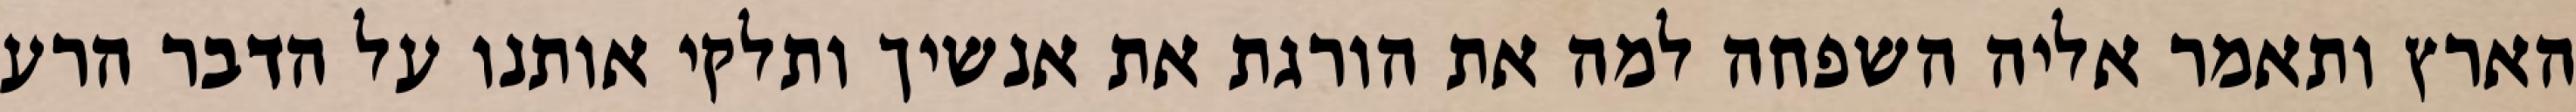
הארץ ותאמר אליה השפחה למה את הורגת את אנשיך ותלקי אותנו על הדבר הרע